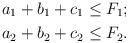
LaTeX: \begin{align*}a_1 + b_1 + c_1 &\leq F_1; \\a_2 + b_2 + c_2 & \leq F_2.\end{align*}